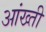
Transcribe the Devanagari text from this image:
आंख्ती